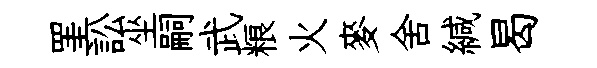
罣訟坐嗣武粮火麥舍緘曷